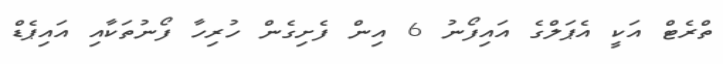
ތްރެޓް އަކީ އެޕަލްގެ އައިފޯނު 6 އިން ފެށިގެން ހުރިހާ ފޯނުތަކާއި އައިޕެޑް